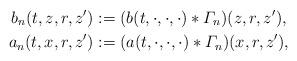
LaTeX: \begin{align*}b_n(t,z,r,z')&:=(b(t,\cdot,\cdot,\cdot)*\varGamma_n)(z,r,z'),\\ a_n(t,x,r,z')&:=(a(t,\cdot,\cdot,\cdot)*\varGamma_n)(x,r,z'),\end{align*}